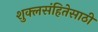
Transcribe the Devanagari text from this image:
शुक्लसंहितेसाठी